Madras plague regulations and rules - Volume 2
Disease focus: Plague
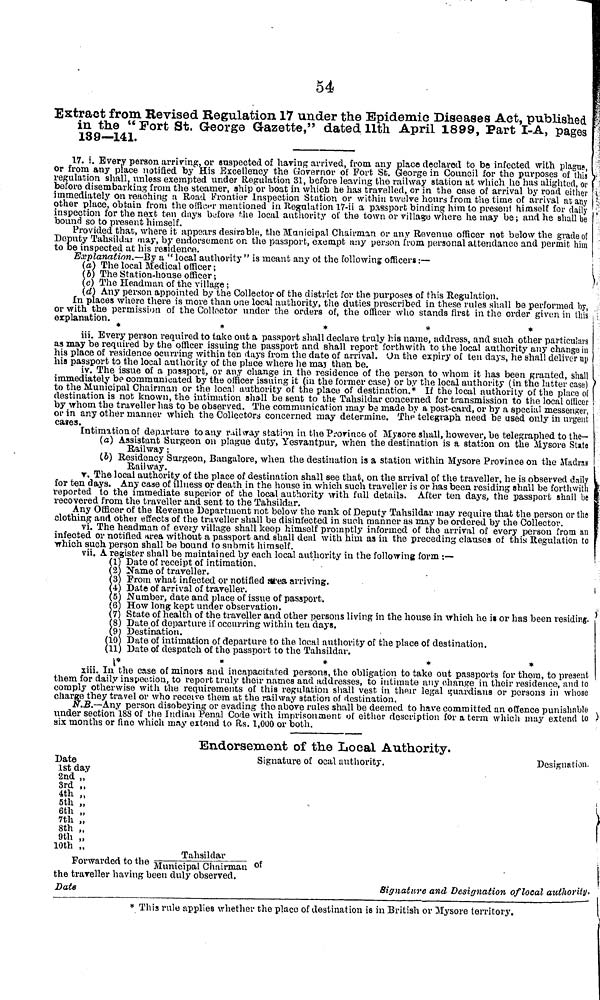
54
Extract from Revised Regulation 17 under the Epidemic Diseases Act, published
in the "Fort St. George Gazette," dated 11th April 1899, Part I-A, pages
139—141.
17. i. õ
r from a
suspected of having arrived, from any place declared to be infected with plague,
Excellency the Governor of Fort St. George in Council for the purposes of this
tempted under Regulation 31, before leaving the railway station at which he has alighted, or
the steamer, ship or boat in which he has travelled, or in the case of arrival by road either
immediately on reaching a Road Frontier Inspection Station or within twelve hours from the time of arrival at any
other place, obtain from the officer mentioned in Regulation 17-ii a passport binding him to present himself for daily
inspection for the next ten days before the local authority of the town or village where he may be; and he shall be
bound so to present himself.
Provided that, where it appears desirable, the Municipal Chairman or any Revenue officer not below the graded
Deputy Tahsildar may, by endorsement on the passport, exempt any person from personal attendance and permit him
to be inspected at his residence.
Explanation.—By a "local authority" is meant any of the following officers :—
(a) The local Medical officer;
(b)
\ill\
(c) \ill\
(d) Any person appointed by the Collector of the district for the purposes of this Regulation.
In places where there is more than one local authority, the duties prescribed in these rules shall be performed by,
or with the permission of the Collector under the orders of, the officer who stands first in the order given in this
explanation. *
*
*
*
*
iii. Every person required to take out a passport shall declare truly his name, address, and such other particulars
as may be required by the officer issuing the passport and shall report forthwith to the local authority any change in
his place of
thin ten days from the date of arrival. On the expiry of ten days, he shall deliver up
his passport
of the place where he may then be.
iv. The issue of a passport, or any change in the residence of the person to whom it has been granted, shall
immediately be communicated by the officer issuing it (in the former case) or by the local authority (in the latter case)
to the Municipal Chairman or the local authority of the place of destination.* If the local authority of the place of
destination is not known, the intimation shall be sent to the Tahsildar concerned for transmission to the local officer
by whom the traveller has to be observed. The communication may be made by a post-card, or by a special messenger,
or in any other manner which the Collectors concerned may determine. The telegraph need be used only in urgent
cases.
Intimation of departure to any railway station in the Province of Mysore shall, however, be telegraphed to the—
(a) Assistant Surgeon on plague duty, Yesvantpur, when the destination is a station on the Mysore State
Railway;
(b) Residency Surgeon, Bangalore, when the destination is a station within Mysore Province on the Madras
Railway.
Y. The local authority of the place of destination shall see that, on the arrival of the traveller, he is observed daily
for ten days. Any case of illness or death in the house in which such traveller is or has been residing shall be forthwith
reported to the immediate superior of the local authority with full details. After ten days, the passport shall be
recovered from the
\ill\hsildar.
Any Officer of
\ill\
below the rank of Deputy Tahsildar may require that the person or the
clothing and other
\ill\
be
disinfected in such manner as may be ordered by the Collector.
vi. The headman of every village shall keep himself promptly informed of the arrival of every person from an
infected or notified area without a passport and shall deal with him as in the preceding clauses of this Regulation to
which such person shall be bound to submit himself.
vii. A register shall be maintained by each local authority in the following form :—
(1) Date of receipt of intimation.
(2) Name of traveller.
(3) From what infected or notified area arriving.
(4) Date of arrival of traveller.
(5) Number, date and place of issue of passport.
(6) How long kept under observation.
(7) State of health of the traveller and other persons living in the house in which he i» or has been residing.
(8) Date of departure if occurring within ten days.
(9) Destination.
(10) Date of intimation of departure to the local authority of the place of destination.
(11) Date of despatch of the passport to the Tahsildar.
*****
xiii. In the case of minors and incapacitated
\ill\
ake
out passports for them, to present
them for daily inspection, to report truly their names
any change in their residence, and to
comply otherwise with the requirements of this regulation shall vest in their legal guardians or persons in whose
charge they travel or who receive them at the railway station of destination.
N.B.—Any person disobeying or evading the above rules shall be deemed to have committed an offence punishable
under section 188 of the Indian Penal Code with imprisonment of either description for a term which may extend to
six months or fine which may extend to Rs. 1,000 or both.
Endorsement of the Local Authority.
Date
1st day
2nd "
3rd "
4th "
5th "
6th "
7th "
8th "
9th "
10th "
Signature of ocal authority.
Designation.
Tahsildar
Forwarded to the Municipal Chairman of
the traveller having been duly observed.
Date
Signature and Designation of local authority.
* This rule applies whether the place of destination is in British or Mysore territory.